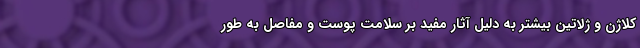
کلاژن و ژلاتین بیشتر به دلیل آثار مفید بر سلامت پوست و مفاصل به طور